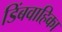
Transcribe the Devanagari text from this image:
डिंबवाहिका